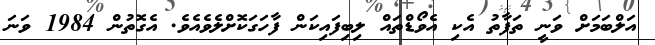
އަލްބަމަށް ވަނީ ތަފާތު އެކި އެވޯޑްތައް ލިބިފައިކަން ފާހަގަކޮށްލެވެއެވެ. އެގޮތުން 1984 ވަނަ